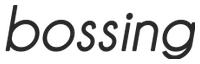
bossing